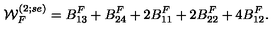
{ \cal W } _ { F } ^ { ( 2 ; s e ) } = B _ { 1 3 } ^ { F } + B _ { 2 4 } ^ { F } + 2 B _ { 1 1 } ^ { F } + 2 B _ { 2 2 } ^ { F } + 4 B _ { 1 2 } ^ { F } .